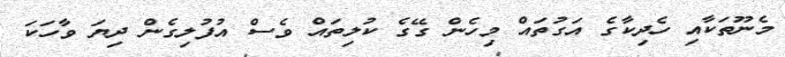
މެނޫތަކާއި ހެދިކާގެ އަގުތައް މިހެން ގޭގެ ކުލިތައް ވެސް އުފުލިގެން ދިޔަ ވާހަކަ